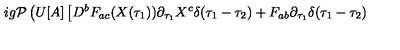
i g { \cal P } \left( U [ A ] \left[ D ^ { b } F _ { a c } ( X ( \tau _ { 1 } ) ) \partial _ { \tau _ { 1 } } X ^ { c } \delta ( \tau _ { 1 } - \tau _ { 2 } ) + F _ { a b } \partial _ { \tau _ { 1 } } \delta ( \tau _ { 1 } - \tau _ { 2 } ) \right. \right.